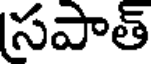
సపాత్